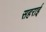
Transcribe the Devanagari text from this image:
सहराई